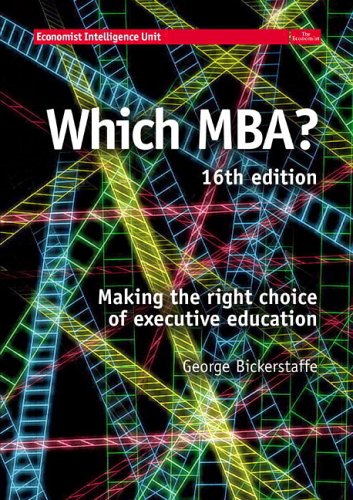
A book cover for WHICH MBA?: A critical guide to the world's best MBAs (16th Edition); George Bickerstaffe; Education & Teaching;